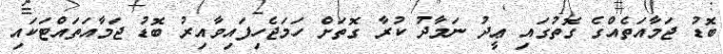
ބޮޑު ޖަމާއަތެއްގެ ގޮތުގައި ޢީދު ނަމާދު ކުރާ ގޮތަށް ހަމަޖެހިފައިވާއިރު ބޮޑު ޖަމާއަތައްޓަކައި